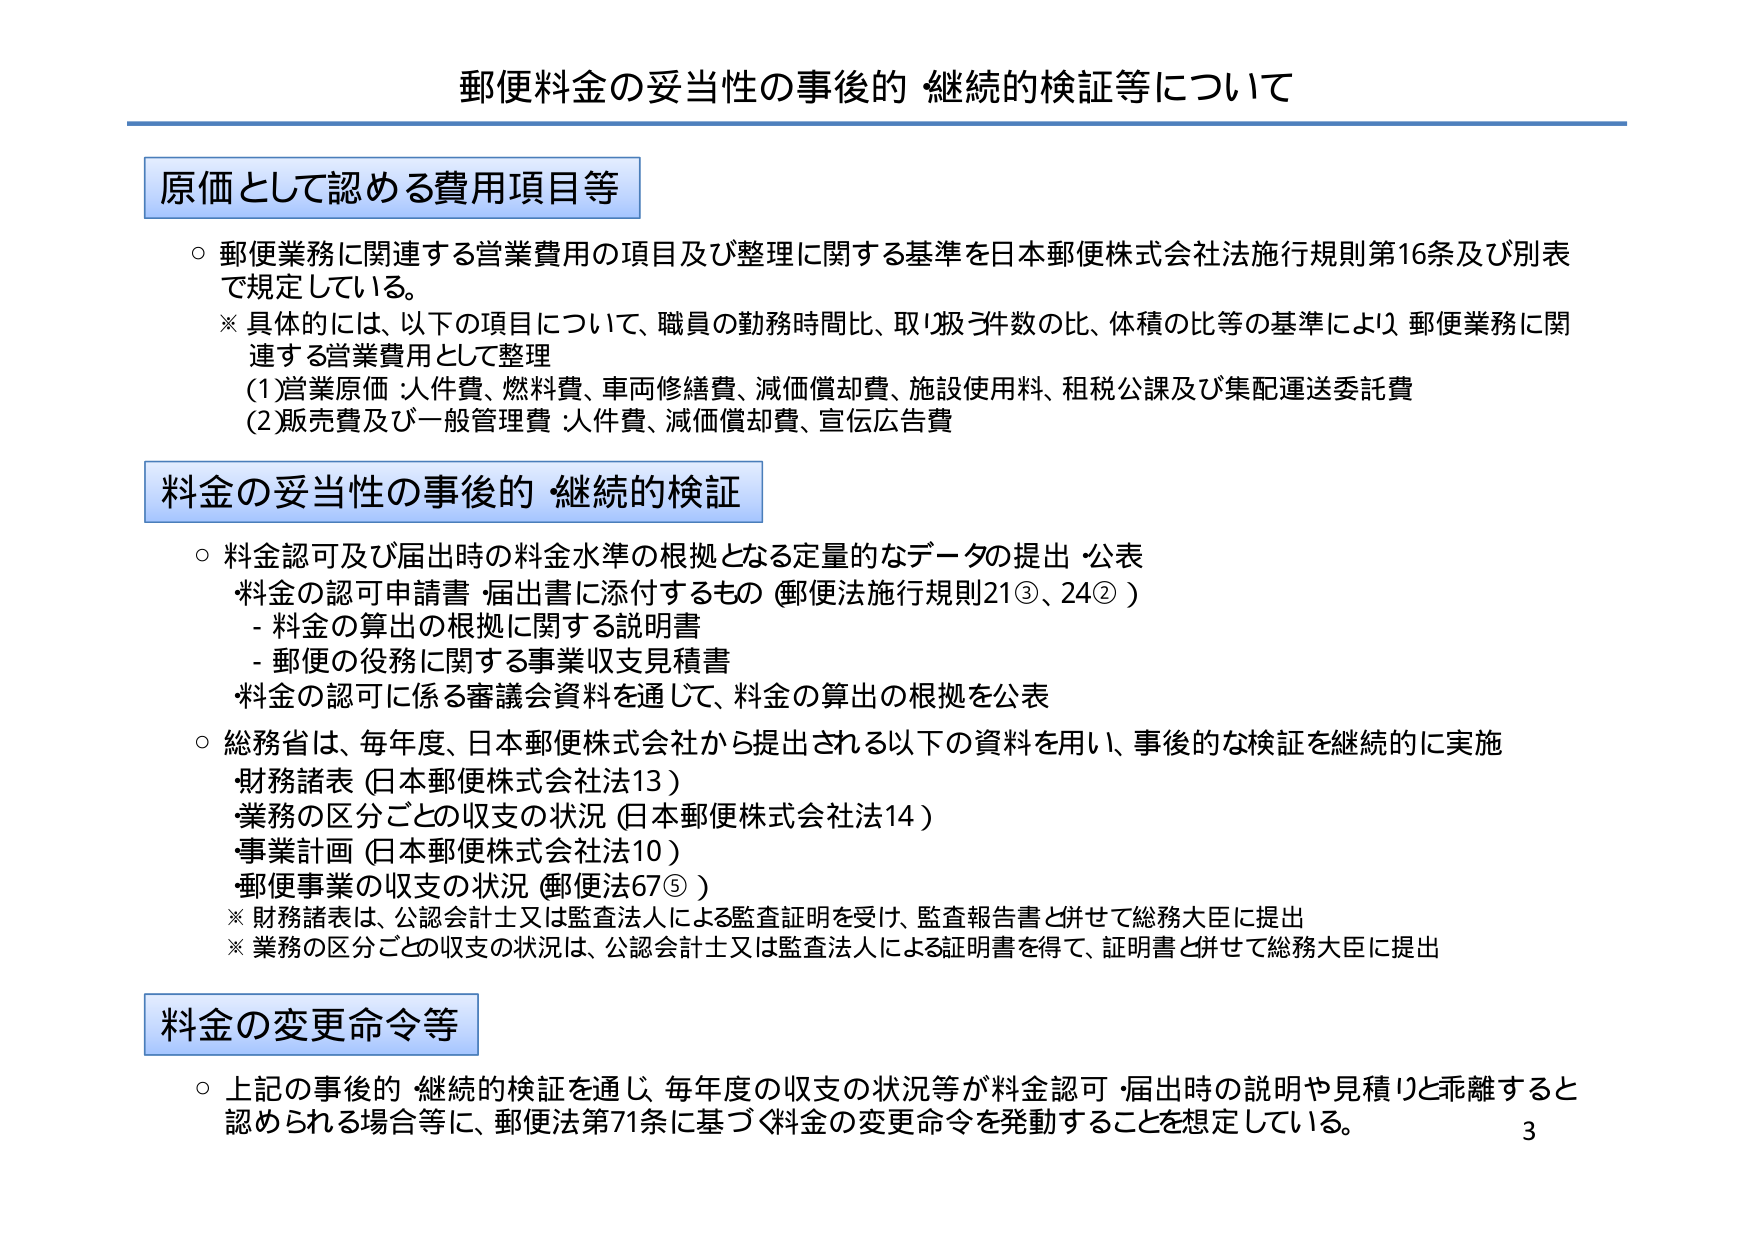
郵便料金の妥当性の事後的 継続的検証等について

原価として認める費用項目等
○ 郵便業務に関連する営業費用の項目及び整理に関する基準を日本郵便株式会社法施行規則第16条及び別表で規定している。
※ 具体的には、以下の項目について、職員の勤務時間比、取扱う件数の比、体積の比等の基準により 郵便業務に関連する営業費用として整理
(1)営業原価：人件費、燃料費、車両修繕費、減価償却費、施設使用料、租税公課及び集配運送委託費
(2)販売費及び一般管理費：人件費、減価償却費、宣伝広告費

料金の妥当性の事後的・継続的検証
○ 料金認可及び届出時の料金水準の根拠となる定量的なデータの提出・公表
・料金の認可申請書・届出書に添付するもの（郵便法施行規則21③、24②）
　- 料金の算出の根拠に関する説明書
　- 郵便の役務に関する事業収支見積書
・料金の認可に係る審議会資料を通じて、料金の算出の根拠を公表
○ 総務省は、毎年度、日本郵便株式会社から提出される以下の資料を用い、事後的な検証を継続的に実施
・財務諸表（日本郵便株式会社法13）
・業務の区分ごとの収支の状況（日本郵便株式会社法14）
・事業計画（日本郵便株式会社法10）
・郵便事業の収支の状況（郵便法67⑤）
※ 財務諸表は、公認会計士又は監査法人による監査証明を受け、監査報告書と併せて総務大臣に提出
※ 業務の区分ごとの収支の状況は、公認会計士又は監査法人による証明書を得て、証明書と併せて総務大臣に提出

料金の変更命令等
○ 上記の事後的・継続的検証を通じ、毎年度の収支の状況等が料金認可・届出時の説明や見積りと乖離すると認められる場合等に、郵便法第71条に基づく料金の変更命令を発動することを想定している。

3